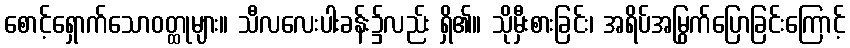
စောင့်ရှောက်သောဝတ္ထုများ။ သီလလေးပါးခန်း၌လည်း ရှိ၏။ သိုမှီးစားခြင်း၊ အရိပ်အမြွက်ပြောခြင်းကြောင့်